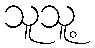
သူသူ့